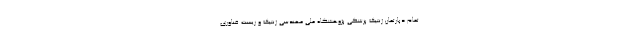
تمام دپارتمان ژنتیک پزشکی پژوهشگاه ملی مهندسی ژنتیک و زیست فناوری